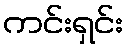
ကင်းရှင်း